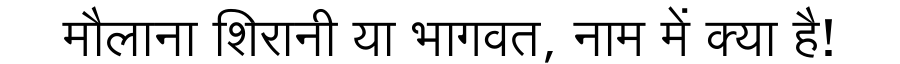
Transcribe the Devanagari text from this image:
मौलाना शिरानी या भागवत, नाम में क्या है!